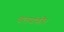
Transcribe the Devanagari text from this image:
वलयांकीत